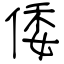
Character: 倭